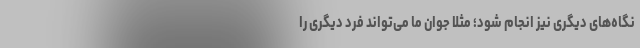
نگاه‌های دیگری نیز انجام شود؛ مثلاً جوان ما می‌تواند فرد دیگری را